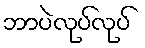
ဘာပဲလုပ်လုပ်